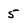
Character: 5